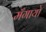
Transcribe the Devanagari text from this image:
मँगायो